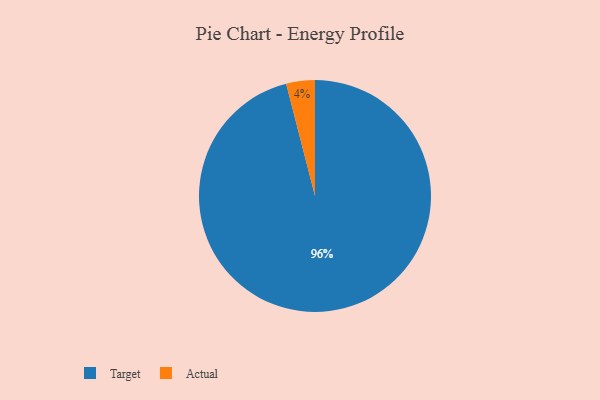
{"axis": {"x": "Category", "y": "Percentage"}, "legend": ["Actual", "Target"], "data": [{"x": "Actual", "y": 4, "type": "Actual"}, {"x": "Target", "y": 96, "type": "Target"}]}